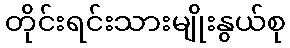
တိုင်းရင်းသားမျိုးနွယ်စု